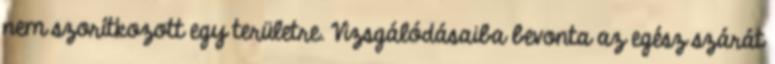
nem szorítkozott egy területre. Vizsgálódásaiba bevonta az egész szárát